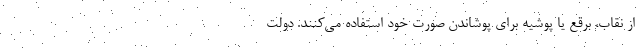
از نقاب، برقع یا پوشیه برای پوشاندن صورت خود استفاده می‌کنند. دولت